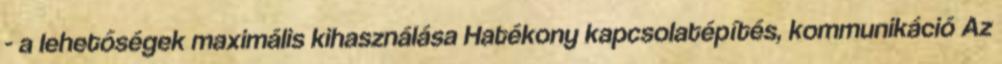
- a lehetőségek maximális kihasználása Hatékony kapcsolatépítés, kommunikáció Az